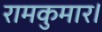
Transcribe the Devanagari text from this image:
रामकुमार।